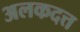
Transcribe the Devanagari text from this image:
अलकदत्त